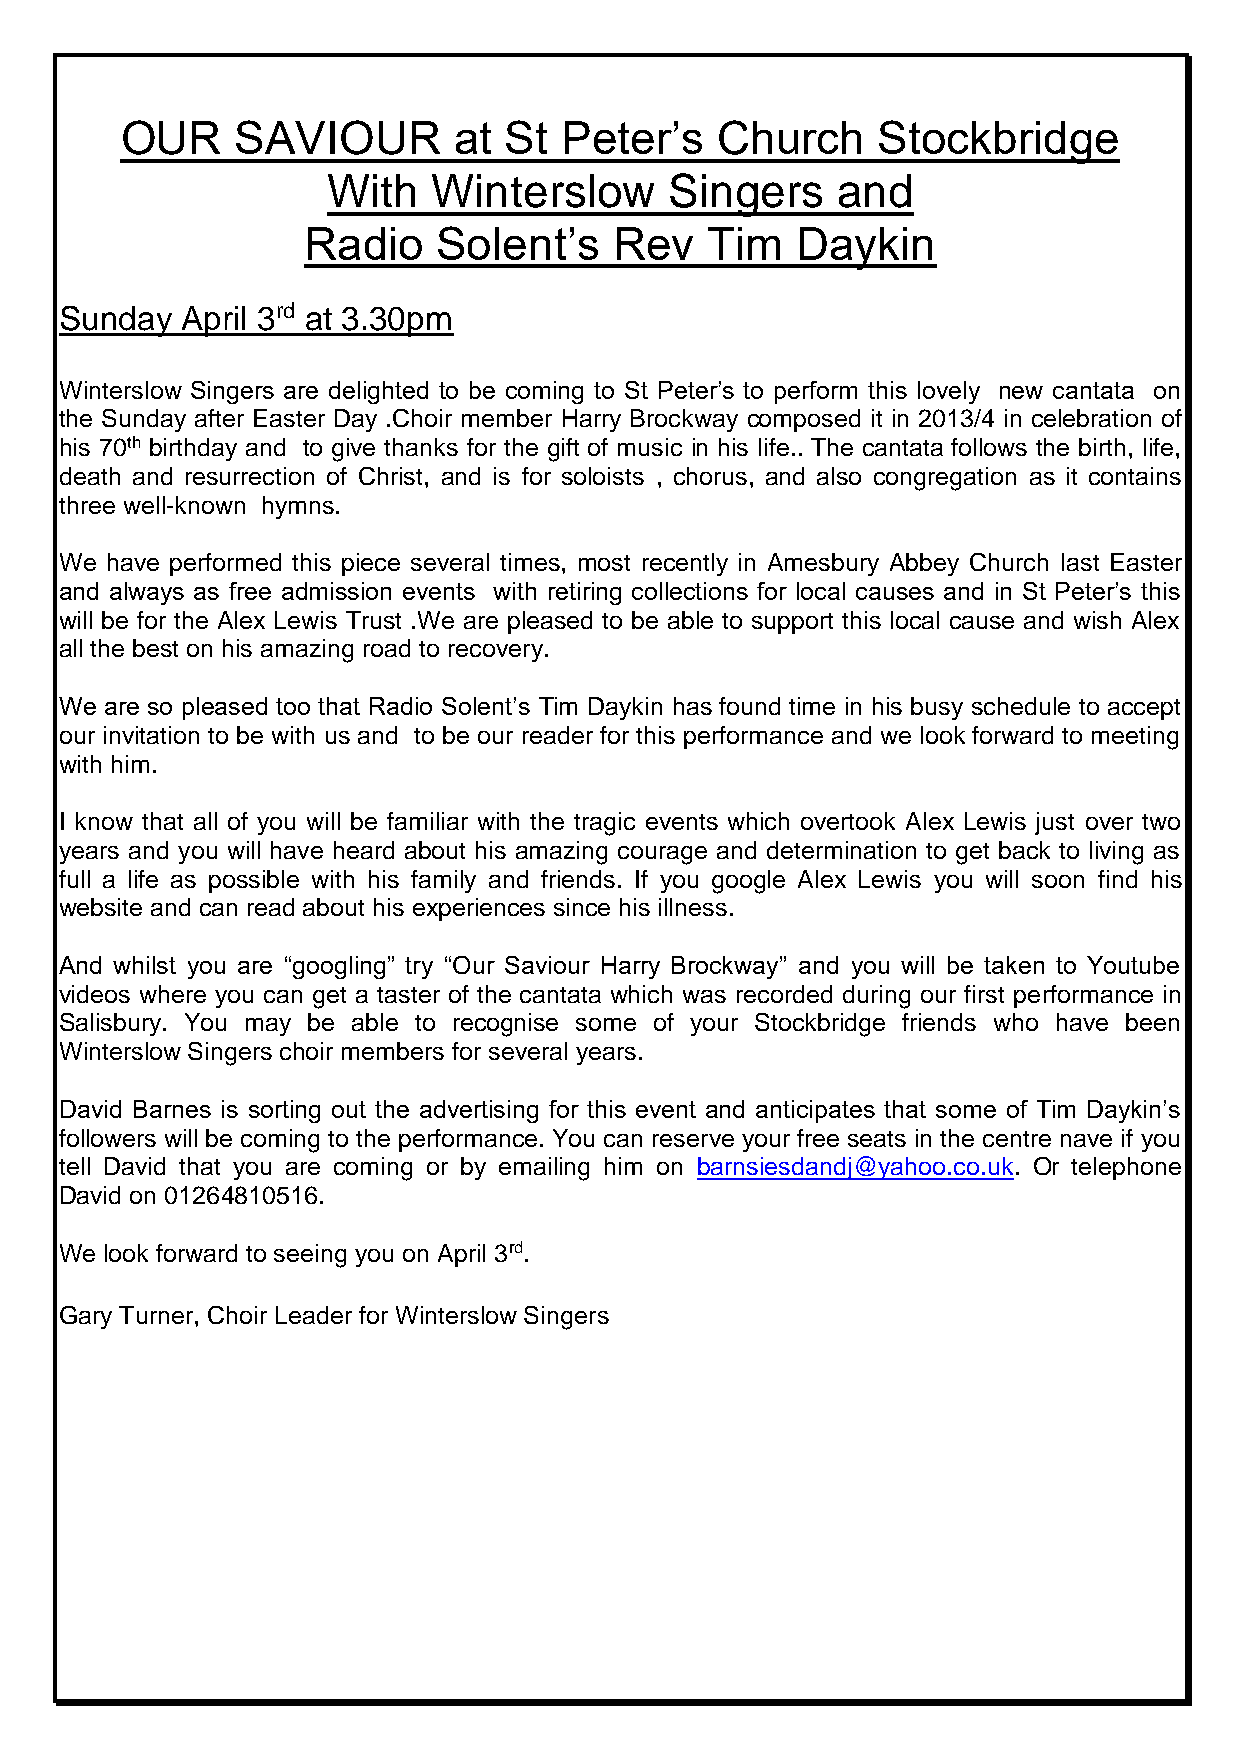
OUR     SAVIOUR       at St  Peter’s   Church     Stockbridge
 With   Winterslow     Singers    and
 Radio    Solent’s    Rev   Tim   Daykin
 Sunday  April 3rd at 3.30pm
 Winterslow Singers are delighted to be coming to St Peter’s to perform this lovely new cantata on
 the Sunday after Easter Day .Choir member Harry Brockway composed it in 2013/4 in celebration of
 his 70th birthday and to give thanks for the gift of music in his life.. The cantata follows the birth, life,
 death and resurrection of Christ, and is for soloists , chorus, and also congregation as it contains
 three well-known hymns.
 We have performed this piece several times, most recently in Amesbury Abbey Church last Easter
 and always as free admission events with retiring collections for local causes and in St Peter’s this
 will be for the Alex Lewis Trust .We are pleased to be able to support this local cause and wish Alex
 all the best on his amazing road to recovery.
 We are so pleased too that Radio Solent’s Tim Daykin has found time in his busy schedule to accept
 our invitation to be with us and to be our reader for this performance and we look forward to meeting
 with him.
 I know that all of you will be familiar with the tragic events which overtook Alex Lewis just over two
 years and you will have heard about his amazing courage and determination to get back to living as
 full a life as possible with his family and friends. If you google Alex Lewis you will soon find his
 website and can read about his experiences since his illness.
 And whilst you are “googling” try “Our Saviour Harry Brockway” and you will be taken to Youtube
 videos where you can get a taster of the cantata which was recorded during our first performance in
 Salisbury. You may be able to recognise some of your Stockbridge friends who have been
 Winterslow Singers choir members for several years.
 David Barnes is sorting out the advertising for this event and anticipates that some of Tim Daykin’s
 followers will be coming to the performance. You can reserve your free seats in the centre nave if you
 tell David that you are coming or by emailing him on barnsiesdandj@yahoo.co.uk. Or telephone
 David on 01264810516.
 We look forward to seeing you on April 3rd.
 Gary Turner, Choir Leader for Winterslow Singers